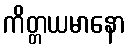
ကိတ္တယမာနော